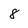
Character: 8